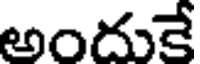
అందుకే